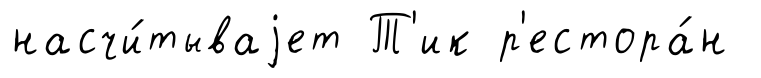
насчи́тываjет Т'ик р'естора́н